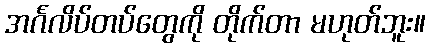
အင်္ဂလိပ်တပ်တွေကို တိုက်တာ မဟုတ်ဘူး။